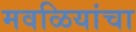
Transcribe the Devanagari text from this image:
मवळियांचा